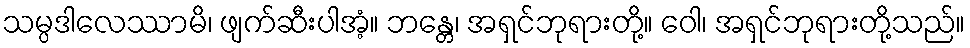
သမ္ပဒါလေဿာမိ၊ ဖျက်ဆီးပါအံ့။ ဘန္တေ၊ အရှင်ဘုရားတို့။ ဝေါ၊ အရှင်ဘုရားတို့သည်။